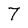
Character: 7